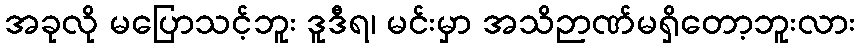
အခုလို မပြောသင့်ဘူး ဒူဒီရ၊ မင်းမှာ အသိဉာဏ်မရှိတော့ဘူးလား